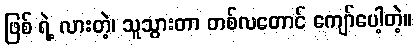
ဖြစ် ရဲ့ လားတဲ့၊ သူသွားတာ တစ်လတောင် ကျော်ပေါ့တဲ့။